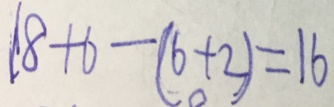
1 8 + 6 - ( 6 + 2 ) = 1 6